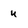
Character: u